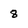
Character: 8